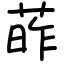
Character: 葃